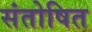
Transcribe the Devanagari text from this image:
संतोषित